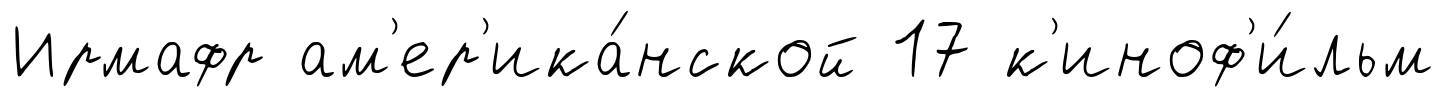
Ирмафр ам'ер'ика́нской 17 к'иноф'и́льм